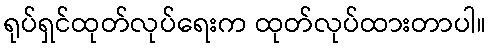
ရုပ်ရှင်ထုတ်လုပ်ရေးက ထုတ်လုပ်ထားတာပါ။